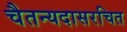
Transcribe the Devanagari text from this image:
चैतन्यदासरचित